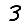
Digit: 3